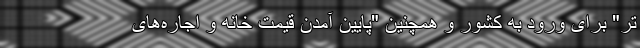
تر" برای ورود به کشور و همچنین "پایین آمدن قیمت خانه و اجاره‌های